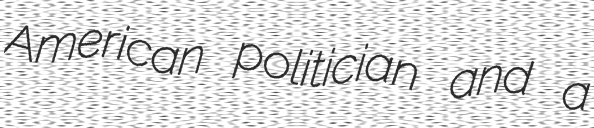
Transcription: American politician and a